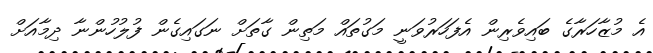
އެ މުޒާހަރާގެ ބައިވެރިން އެފަހަރުވަނީ މަގުތައް މަތިން ގާތަށް ނަގައިގެން ފުލުހުންނާ ދިމާއަށް